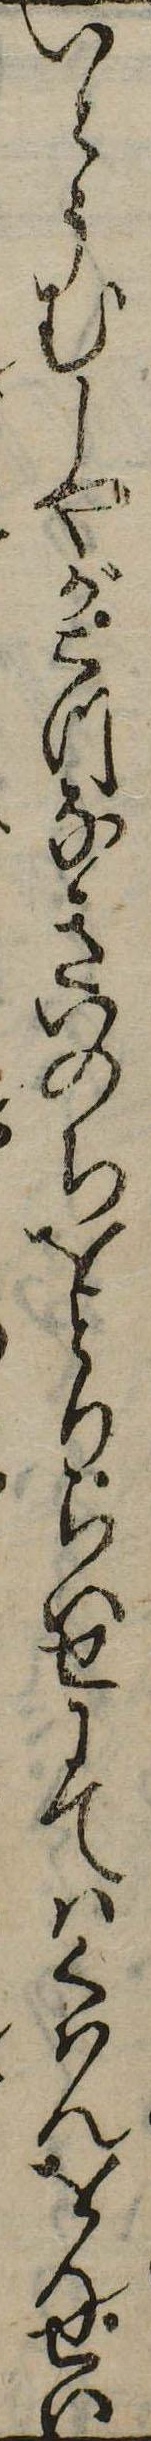
いとうむしやが二つなきいのちをとりらいせにてはくはんをんせい